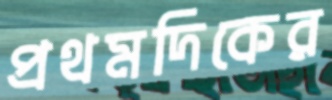
প্রথমদিকের